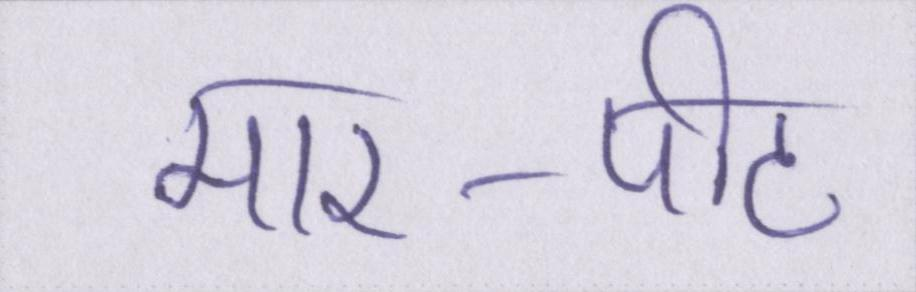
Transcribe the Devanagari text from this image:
मार-पीट